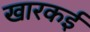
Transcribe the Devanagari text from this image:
खारकई